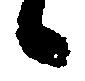
候